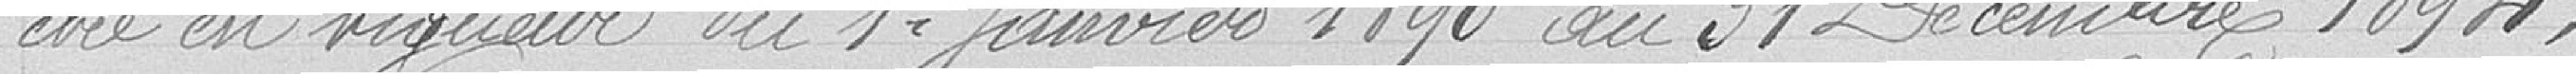
etre en vigueur du 1er Janvier 1890 au 31 Décembre 1894,